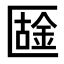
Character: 𠥟